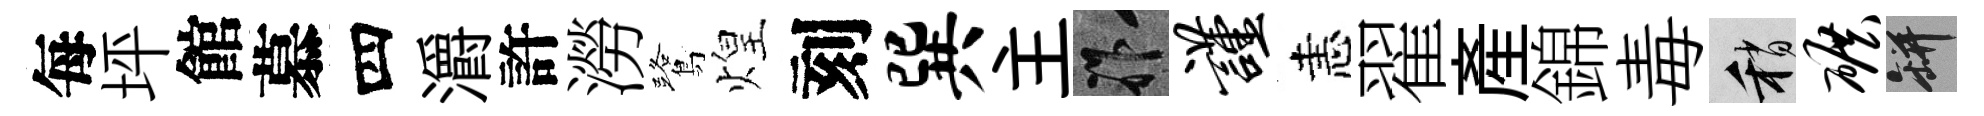
每坪館慕四灂許澇鷺煌刻巽主祚谨恚翟産錦毒稍碾瓶